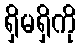
ရှိမရှိကို